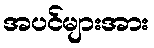
အပင်များအား